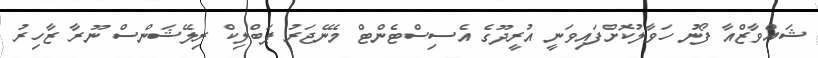
ޝައްވާޒްއާ ފޯނު ހަވާލުކޮށްފައިވަނީ އުރީދޫގެ އެސިސްޓެންޓް މެނޭޖަރު ޕަބްލިކް ރިލޭޝަންސް ނޫރާ ޒާހިރު